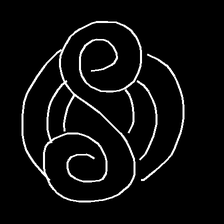
Glyph: wind-underfoot